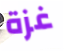
غزة